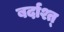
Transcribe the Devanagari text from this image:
बर्दाश्त्